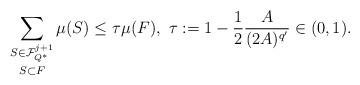
LaTeX: \begin{align*}\mathop{\sum_{S \in \mathcal{F}^{j+1}_{Q^*}}}_{S \subset F} \mu(S) \leq \tau \mu(F), \,\, \tau := 1 - \frac{1}{2}\frac{A}{(2A)^{q'}} \in (0,1).\end{align*}